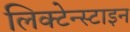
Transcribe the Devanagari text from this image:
लिक्टेन्स्टाइन